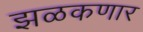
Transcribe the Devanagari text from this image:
झळकणार